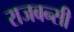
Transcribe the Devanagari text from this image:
राजबन्सी